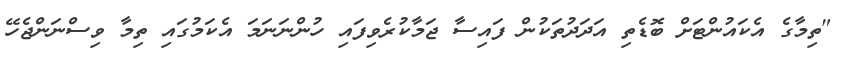
"ތިމާގެ އެކައުންޓަށް ބޮޑެތި އަދަދުތަކުން ފައިސާ ޖަމާކުރެވިފައި ހުންނަނަމަ އެކަމުގައި ތިމާ ވިސްނަންޖެހޭ